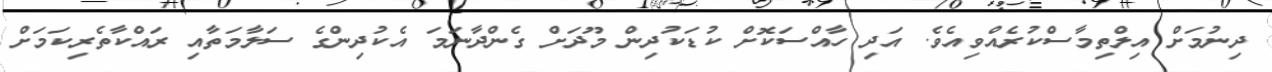
ދިނުމަށް އިލްތިމާސްކުރެއްވިއެވެ. އަދި ހާއްސަކޮށް ކުޑަކުދިން މޫދަށް ގެންދާނަމަ އެކުދިންގެ ސަލާމަތާއި ރައްކާތެރިކަމަށް